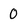
Character: 0